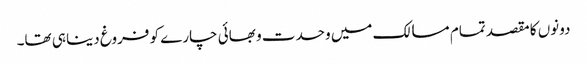
دونوں کا مقصد تمام مسالک میں وحدت و بھائی چارے کو فروغ دینا ہی تھا۔